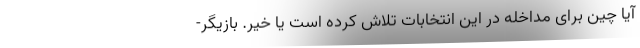
آیا چین برای مداخله در این انتخابات تلاش کرده است یا خیر. بازیگر-